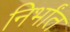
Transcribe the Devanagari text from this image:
निर्भांत